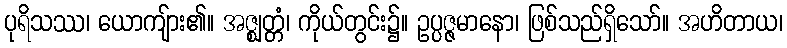
ပုရိသဿ၊ ယောကျ်ား၏။ အဇ္ဈတ္တံ၊ ကိုယ်တွင်း၌။ ဥပ္ပဇ္ဇမာနော၊ ဖြစ်သည်ရှိသော်။ အဟိတာယ၊